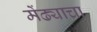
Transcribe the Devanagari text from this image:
मेंढ्याचा